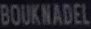
BOUKNADEL